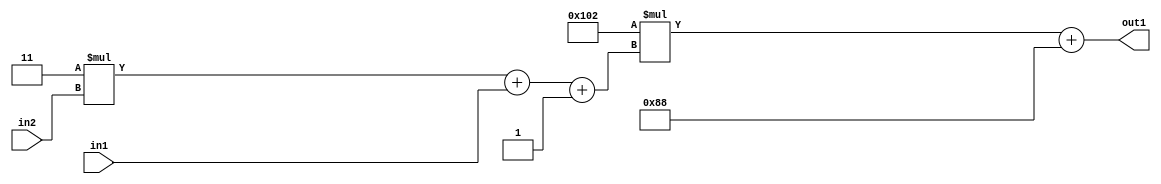
`timescale 1ps / 1ps
/*****************************************************************************
    Verilog RTL Description
    
    
    Created by: Stratus DpOpt 2019.1.01 
*******************************************************************************/

module DC_Filter_Add2i136Mul2i258Add3i1u1Mul2i3u2_4 (
	in2,
	in1,
	out1
	); /* architecture "behavioural" */ 
input [1:0] in2;
input  in1;
output [11:0] out1;
wire [11:0] asc001;
wire [3:0] asc002;

wire [3:0] asc002_tmp_0;
wire [3:0] asc002_tmp_1;
assign asc002_tmp_1 = 
	+(4'B0011 * in2);
assign asc002_tmp_0 = asc002_tmp_1
	+(in1);
assign asc002 = asc002_tmp_0
	+(4'B0001);

wire [11:0] asc001_tmp_2;
assign asc001_tmp_2 = 
	+(12'B000100000010 * asc002);
assign asc001 = asc001_tmp_2
	+(12'B000010001000);

assign out1 = asc001;
endmodule

/* CADENCE  vrP0Qg8= : u9/ySgnWtBlWxVPRXgAZ4Og= ** DO NOT EDIT THIS LINE ******/